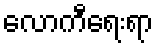
လောကီရေးရာ